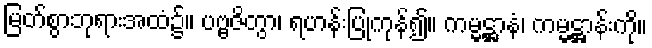
မြတ်စွာဘုရားအထံ၌။ ပဗ္ဗဇိတွာ၊ ရဟန်းပြုကုန်၍။ ကမ္မဋ္ဌာနံ၊ ကမ္မဋ္ဌာန်းကို။